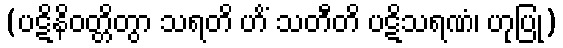
(ပဋိနိဝတ္တိတွာ သရတိ ဟိံ သတီတိ ပဋိသရဏံ၊ ဟုပြု)